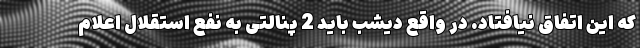
که این اتفاق نیافتاد. در واقع دیشب باید 2 پنالتی به نفع استقلال اعلام